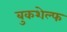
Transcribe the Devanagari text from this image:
बुकशेल्फ